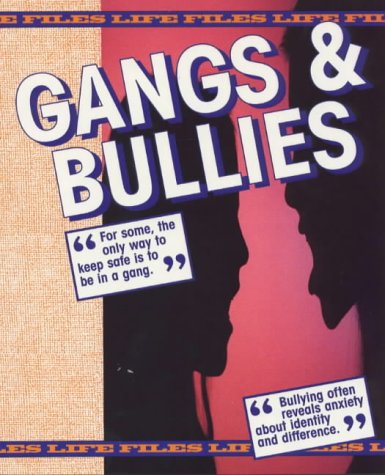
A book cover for Gangs & Bullies (Life Files); Rosemary Stone; Teen & Young Adult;